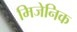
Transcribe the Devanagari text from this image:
मिजेनिक